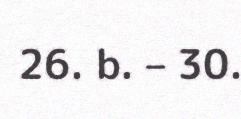
26. b. – 30.